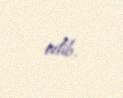
edib.